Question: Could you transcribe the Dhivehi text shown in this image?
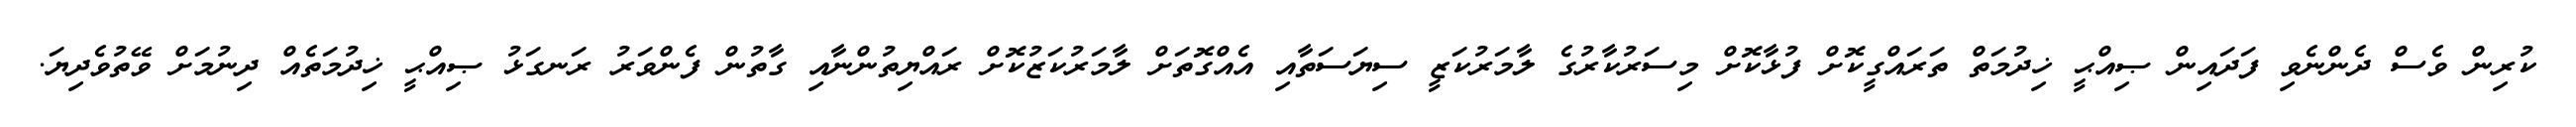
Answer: ކުރިން ވެސް ދެންނެވި ފަދައިން ޞިއްޙީ ޚިދުމަތް ތަރައްގީކޮށް ފުޅާކޮށް މިސަރުކާރުގެ ލާމަރުކަޒީ ސިޔަސަތާއި އެއްގޮތަށް ލާމަރުކަޒުކޮށް ރައްޔިތުންނާއި ގާތުން ފެންވަރު ރަނގަޅު ޞިއްޙީ ޚިދުމަތެއް ދިނުމަށް ވޭތުވެދިޔަ.